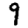
Digit: 9